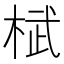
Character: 𣓸